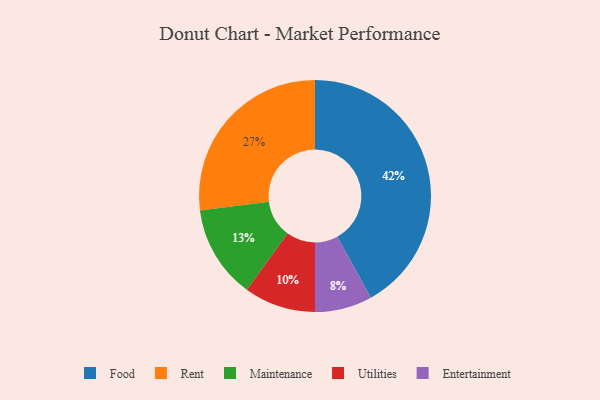
{"axis": {"x": "Category", "y": "Percentage"}, "legend": ["Entertainment", "Food", "Maintenance", "Rent", "Utilities"], "data": [{"x": "Utilities", "y": 10, "type": "Utilities"}, {"x": "Food", "y": 42, "type": "Food"}, {"x": "Rent", "y": 27, "type": "Rent"}, {"x": "Entertainment", "y": 8, "type": "Entertainment"}, {"x": "Maintenance", "y": 13, "type": "Maintenance"}]}